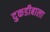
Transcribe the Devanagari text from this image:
दुकडीबाला